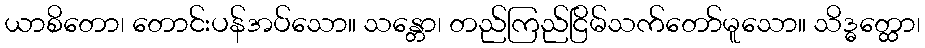
ယာစိတော၊ တောင်းပန်အပ်သော။ သန္တော၊ တည်ကြည်ငြိမ်သက်တော်မူသော။ သိဒ္ဓတ္ထော၊